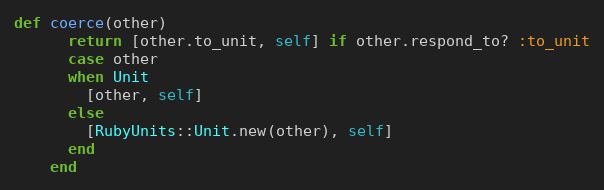
Language: Ruby
def coerce(other)
      return [other.to_unit, self] if other.respond_to? :to_unit
      case other
      when Unit
        [other, self]
      else
        [RubyUnits::Unit.new(other), self]
      end
    end